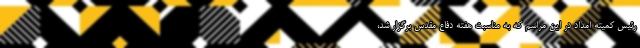
رئیس کمیته امداد در این مراسم که به مناسبت هفته دفاع مقدس برگزار شد،